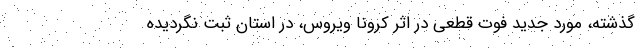
گذشته، مورد جدید فوت قطعی در اثر کرونا ویروس، در استان ثبت نگردیده